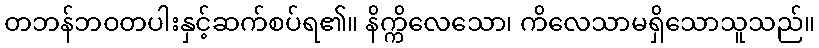
တဘန်ဘဝတပါးနှင့်ဆက်စပ်ရ၏။ နိက္ကိလေသော၊ ကိလေသာမရှိသောသူသည်။